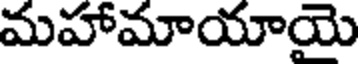
మహామాయాయై